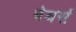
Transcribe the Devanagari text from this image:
वेयर्स